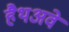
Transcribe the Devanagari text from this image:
हैथअवे